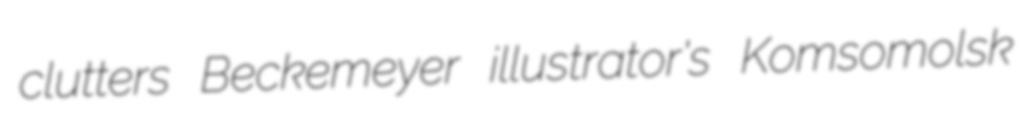
clutters Beckemeyer illustrator's Komsomolsk